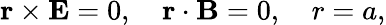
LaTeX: {\mathbf{r}}\times{\mathbf{E}}=0,\quad{\mathbf{r}}\cdot{\mathbf{B}}=0,\quad r=a,